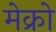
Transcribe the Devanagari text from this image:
मेक्रो